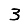
Digit: 3